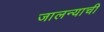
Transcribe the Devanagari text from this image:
जालन्याची